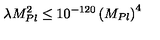
\lambda M _ { P l } ^ { 2 } \leq 1 0 ^ { - 1 2 0 } \left( M _ { P l } \right) ^ { 4 }